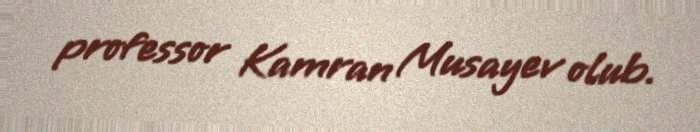
professor Kamran Musayev olub.